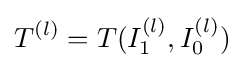
T^{(l)}=T(I_{1}^{(l)},I_{0}^{(l)})